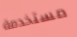
مستخدمة